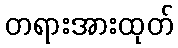
တရားအားထုတ်